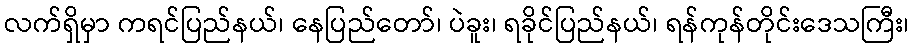
လက်ရှိမှာ ကရင်ပြည်နယ်၊ နေပြည်တော်၊ ပဲခူး၊ ရခိုင်ပြည်နယ်၊ ရန်ကုန်တိုင်းဒေသကြီး၊